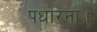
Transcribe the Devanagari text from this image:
पधारना।